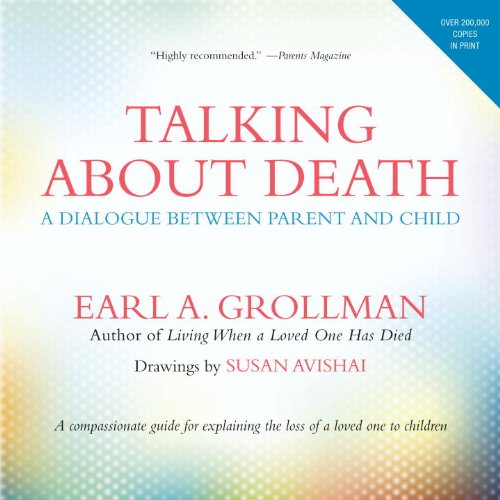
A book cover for Talking about Death: A Dialogue between Parent and Child; Earl A. Grollman; Politics & Social Sciences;